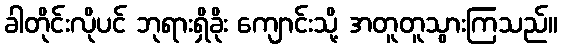
ခါတိုင်းလိုပင် ဘုရားရှိခိုး ကျောင်းသို့ အတူတူသွားကြသည်။